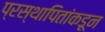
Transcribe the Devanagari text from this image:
प्रस्थापितांकडून